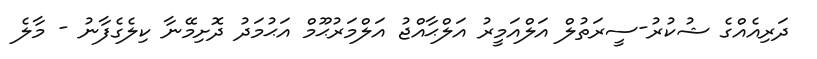
ދަރިއެއްގެ ޝުކުރު-ސީރަތުލް އަލްއަމީރު އަލްޙާއްޖު އަލްމަރުޙޫމް އަޙުމަދު ދޮށިމޭނާ ކިލެގެފާނު - މާލެ